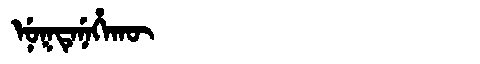
Manchu: ᠨᡠᡴᡨᡝᠨᡝᡥᠠᡴᡡ
Romanization: NUKTENEHAKŪ